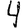
Digit: 4